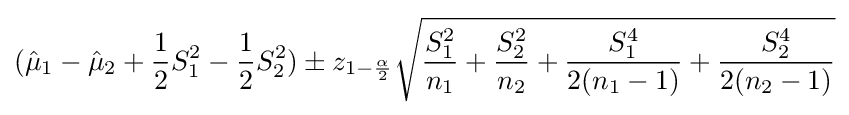
({\hat {\mu }}_{1}-{\hat {\mu }}_{2}+{\frac {1}{2}}S_{1}^{2}-{\frac {1}{2}}S_{2}^{2})\pm z_{1-{\frac {\alpha }{2}}}{\sqrt {{\frac {S_{1}^{2}}{n_{1}}}+{\frac {S_{2}^{2}}{n_{2}}}+{\frac {S_{1}^{4}}{2(n_{1}-1)}}+{\frac {S_{2}^{4}}{2(n_{2}-1)}}}}